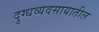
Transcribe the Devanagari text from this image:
दुग्धव्यवसायातील